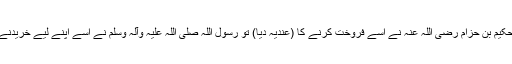
تو حضرت حکیم بن حزام رضی اللہ عنہ نے اسے فروخت کرنے کا (عندیہ دیا) تو رسول اللہ صلی اللہ علیہ وآلہ وسلم نے اسے اپنے لیے خریدنے کا حکم دیا۔